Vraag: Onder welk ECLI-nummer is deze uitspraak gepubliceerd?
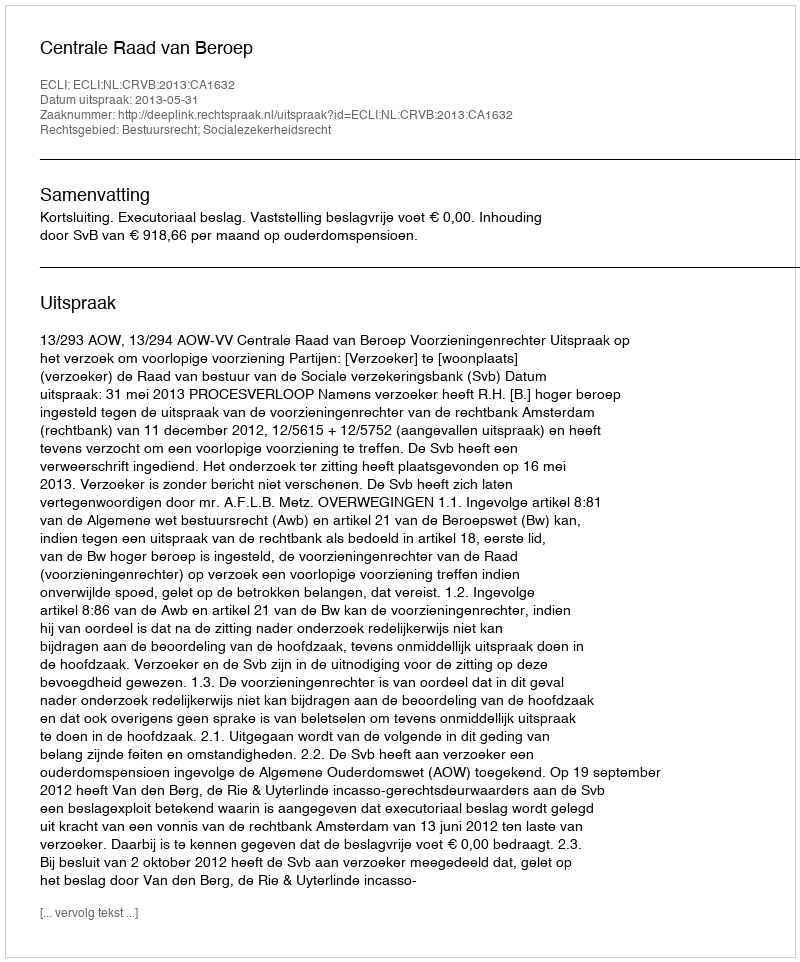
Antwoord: ECLI:NL:CRVB:2013:CA1632